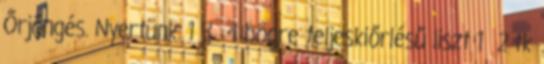
Őrjöngés. Nyertünk. 1 3 4 bögre teljeskiőrlésű liszt 1 2 tk